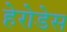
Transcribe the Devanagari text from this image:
हेरोडेस